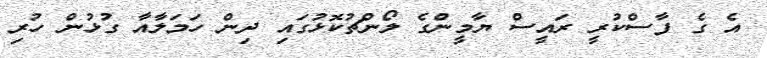
އެ ގެ ފާސްކުރީ ރައީސް ޔާމީންގެ ލޯންޗުކޮޅުގައި ދިން ހަމަލާއާ ގުޅުން ހުރި